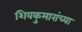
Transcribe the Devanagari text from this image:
शिवकुमारांच्या